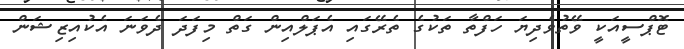
ޓޮޕްސީއަކީ ވޭތުވެދިޔަ ހަފްތާ ތަކުގެ ތެރޭގައި އެޕަލްއިން ގަތް މިފަދަ ދެވަނަ އެކުއިޒިޝަން